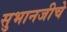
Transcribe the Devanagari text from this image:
सुभानजीचे